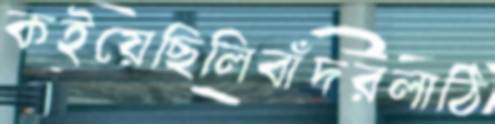
কইয়েছিলিবাঁদরলাঠি